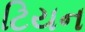
ટિયન